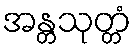
အန္တသုတ္တံ